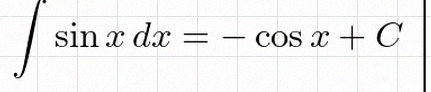
\int \sin x\,dx=-\cos x+C